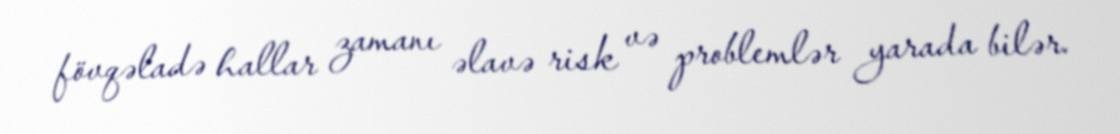
fövqəladə hallar zamanı əlavə risk və problemlər yarada bilər.